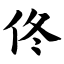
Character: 佟